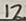
Text: 12